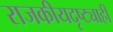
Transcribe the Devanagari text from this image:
राजकीयदृष्ट्याही